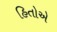
હિતોએ